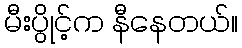
မီးပွိုင့်က နီနေတယ်။